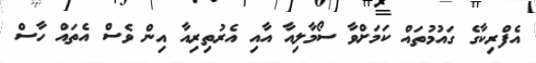
އެފްރިކާގެ ގައުމުތައް ކަމަށްވާ ސޯމާލިއާ އާއި އެރުތިރިއާ އިން ވެސް އެތައް ހާސް